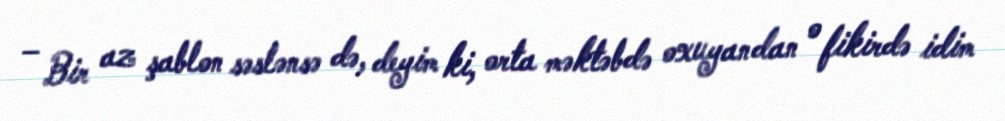
– Bir az şablon səslənsə də, deyim ki, orta məktəbdə oxuyandan o fikirdə idim